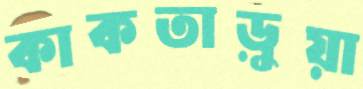
কাকতাড়ুয়া